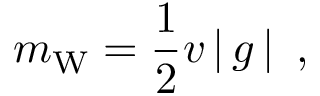
m _ { \mathrm { W } } = { \frac { 1 } { 2 } } v \left| \, g \, \right| \ ,